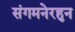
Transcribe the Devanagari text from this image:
संगमनेरहुन